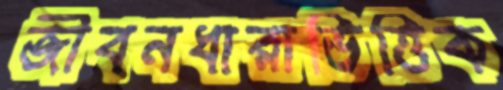
জীবনধারাভিত্তিক